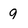
Character: g